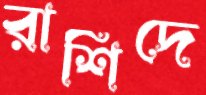
রাশিদে